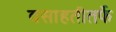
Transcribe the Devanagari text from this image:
वसाहतीतर्फे